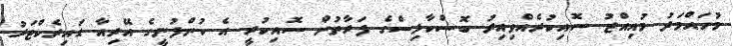
މުހައްމަދު މުއިއްޒު ސޮއިކުރެއްވިއިރު ބޮސްކާލިސްގެ ފަރާތުން ސޮއިކުރީ އެ ކުންފުނީގެ އޭރިއާ ޑައިރެކްޓަރު